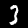
Digit: 3